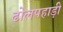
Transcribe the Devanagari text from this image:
ढोलपहाड़ी